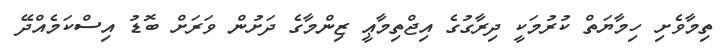
ތިމާވެށި ހިމާޔަތް ކުރުމަކީ ދިރާގުގެ އިޖްތިމާޢީ ޒިންމާގެ ދަށުން ވަރަށް ބޮޑު އިސްކަމެއްދޭ